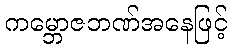
ကမ္ဘောဇဘဏ်အနေဖြင့်